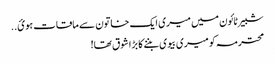
شبیر ٹائون میں میری ایک خاتون سے ماقات ہوئ..
محترمہ کو میری بیوی بننے کا بڑا شوق تھا!